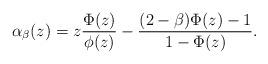
LaTeX: \begin{align*}\alpha_\beta(z)=z\frac{\Phi(z)}{\phi(z)} - \frac{(2-\beta)\Phi(z)-1}{1-\Phi(z)}.\end{align*}